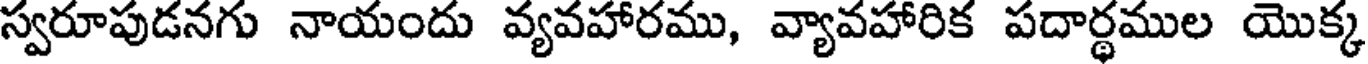
స్వరూపుడనగు నాయందు వ్యవహారము, వ్యావహారిక పదార్థముల యొక్క